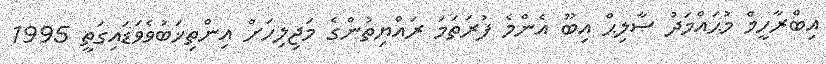
އިބްރާހީމް މުޙައްމަދު ޞާލިޙް އިބޫ އެންމެ ފުރަތަމަ ރައްޔިތުންގެ މަޖިލިހަށް އިންތިޚަބުވެވަޑައިގަތީ 1995